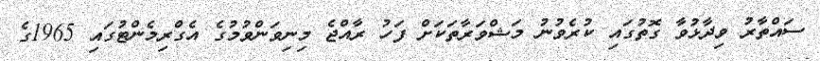
ސައްތާރު ވިދާޅުވާ ގޮތުގައި ކުރެވުނު މަޝްވަރާތަކަށް ފަހު ރާއްޖެ މިނިވަންވުމުގެ އެގްރިމެންޓުގައި 1965ގެ